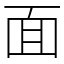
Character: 面